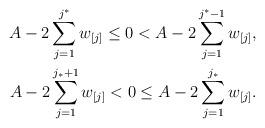
LaTeX: \begin{align*}A-2\sum_{j=1}^{j^*}{w}_{[j]}\leq 0< A-2\sum_{j=1}^{j^*-1}{w}_{[j]},\\A-2\sum_{j=1}^{j_*+1}{w}_{[j]}<0\leq A-2\sum_{j=1}^{j_*}{w}_{[j]}.\end{align*}